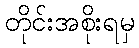
တိုင်းအစိုးရမှ